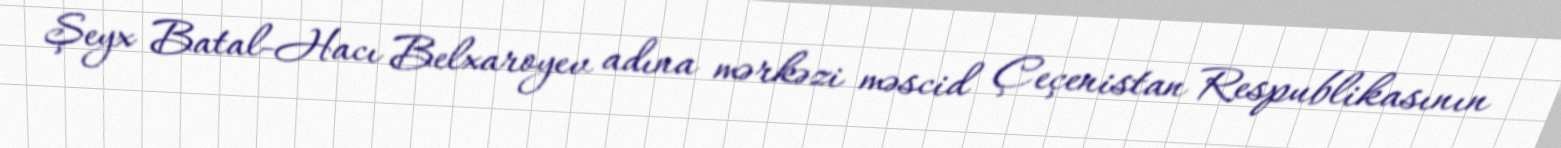
Şeyx Batal-Hacı Belxaroyev adına mərkəzi məscid Çeçenistan Respublikasının